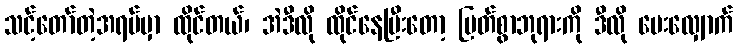
သင့်တော်တဲ့အရပ်မှာ ထိုင်တယ်၊ အဲဒီလို ထိုင်နေပြီးတော့ မြတ်စွာဘုရားကို ဒီလို မေးလျှောက်